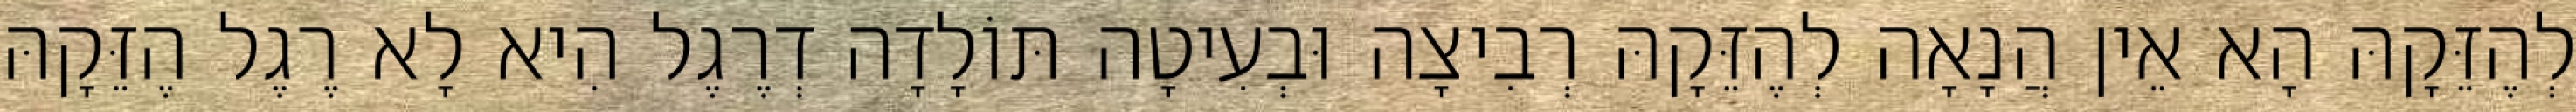
לְהֶזֵּקָהּ הָא אֵין הֲנָאָה לְהֶזֵּקָהּ רְבִיצָה וּבְעִיטָה תּוֹלָדָה דְרֶגֶל הִיא לָא רֶגֶל הֶזֵּקָהּ